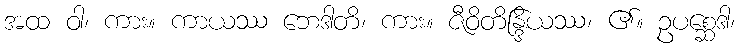
အထ ဝါ၊ ကား။ ကာယဿ ဘေဒါတိ၊ ကား။ ဇီဝိတိန္ဒြိယဿ၊ ၏။ ဥပစ္ဆေဒါ၊